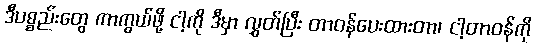
ဒီပစ္စည်းတွေ ကာကွယ်ဖို့ ငါ့ကို ဒီမှာ လွှတ်ပြီး တာဝန်ပေးထားတာ၊ ငါ့တာဝန်ကို